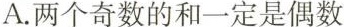
A.两个奇数的和一定是偶数